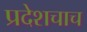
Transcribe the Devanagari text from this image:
प्रदेशचाच